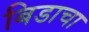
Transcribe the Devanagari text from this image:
बिडाचा